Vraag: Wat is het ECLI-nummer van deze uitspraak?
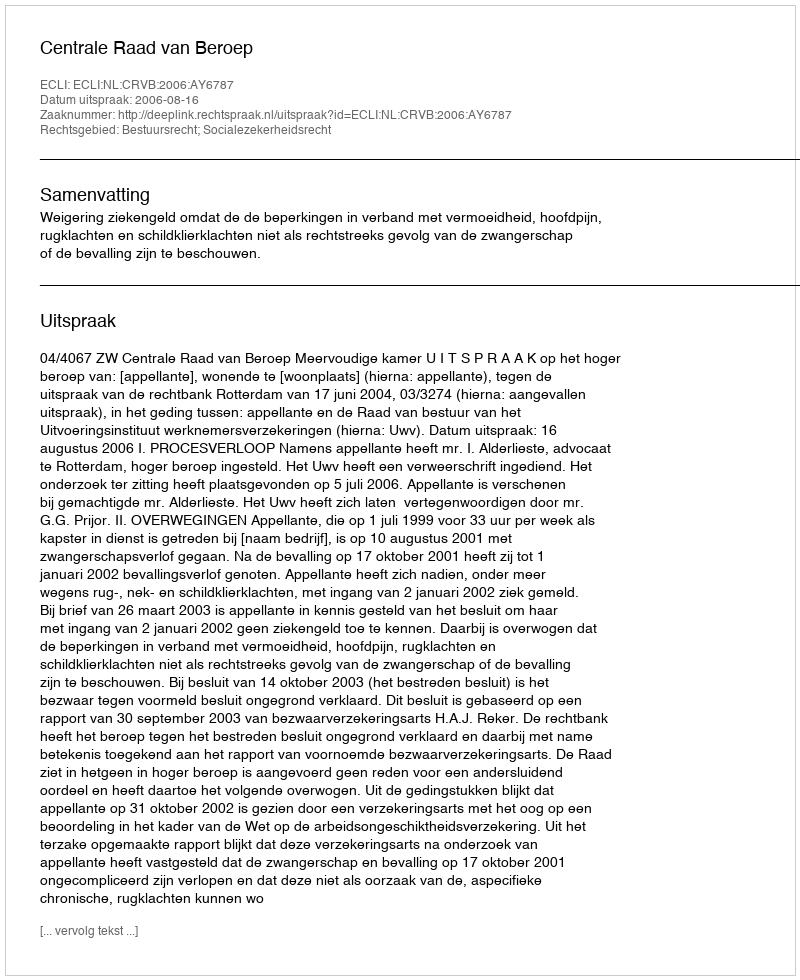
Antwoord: ECLI:NL:CRVB:2006:AY6787